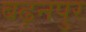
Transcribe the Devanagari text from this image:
बढ़नपुर